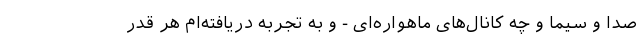
صدا و سیما و چه کانال‌های ماهواره‌ای - و به تجربه دریافته‌ام هر قدر